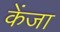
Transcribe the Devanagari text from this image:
केंजा